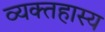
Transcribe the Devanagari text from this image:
व्यक्तहास्य